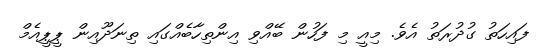
ފައިހަތު ގުދުރަތު އެވެ. މިއީ މި ފަހުން ބޭއްވި އިންތިހާބެއްގައި ތިނަދޫއިން ޕީޕީއެމް